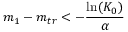
m _ { 1 } - m _ { t r } < - \displaystyle \frac { \ln ( K _ { 0 } ) } { \alpha }